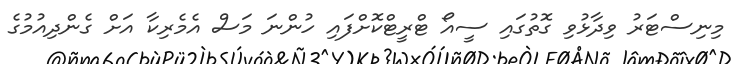
މިނިސްޓަރު ވިދާޅުވި ގޮތުގައި ސީއޯ ޓްރީޓްކޮށްފައި ހުންނަ މަސް އެމެރިކާ އަށް ގެންދިއުމުގެ